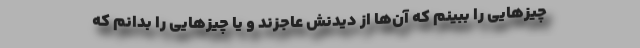
چیزهایی را ببینم که آن‌ها از دیدنش عاجزند و یا چیزهایی را بدانم که